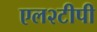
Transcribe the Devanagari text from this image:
एल२टीपी